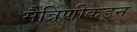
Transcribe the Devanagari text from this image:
मैत्रिणीकडून